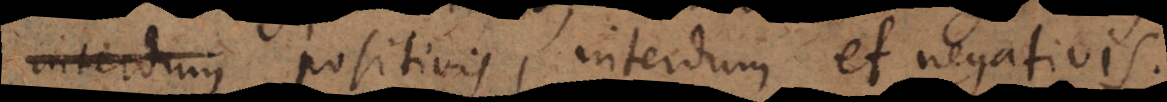
interdum positivis, interdum et negativis.